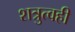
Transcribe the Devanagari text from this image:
शत्रुत्वही